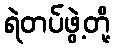
ရဲတပ်ဖွဲ့တို့